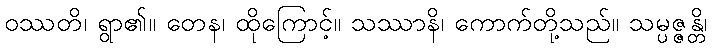
ဝဿတိ၊ ရွာ၏။ တေန၊ ထိုကြောင့်။ သဿာနိ၊ ကောက်တို့သည်။ သမ္ပဇ္ဇန္တိ၊